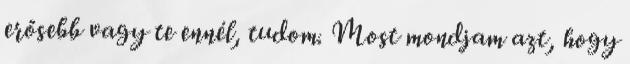
erősebb vagy te ennél, tudom. Most mondjam azt, hogy